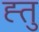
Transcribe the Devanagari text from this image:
ह्तु